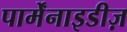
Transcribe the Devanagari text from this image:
पार्मेंनाइडीज़